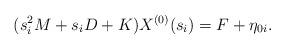
LaTeX: \begin{align*}(s_{i}^{2}M+s_{i}D+K) X^{(0)}(s_{i})&= F+\eta_{0i}.\end{align*}